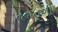
તગતગી